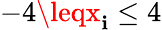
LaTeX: -4\leqx_{\mathbf{i}}\leq4